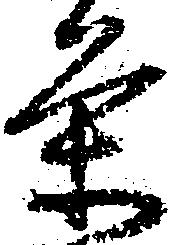
条